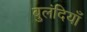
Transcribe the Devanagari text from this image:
बुलंदियाँ